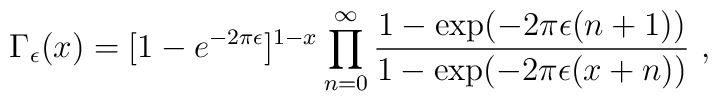
\Gamma_\epsilon (x)=[1-e^{-2\pi\epsilon}]^{1-x}\prod\limits_{n=0}^\infty{1-\exp (-2\pi\epsilon (n+1))\over1-\exp (-2\pi\epsilon (x+n))}\ ,